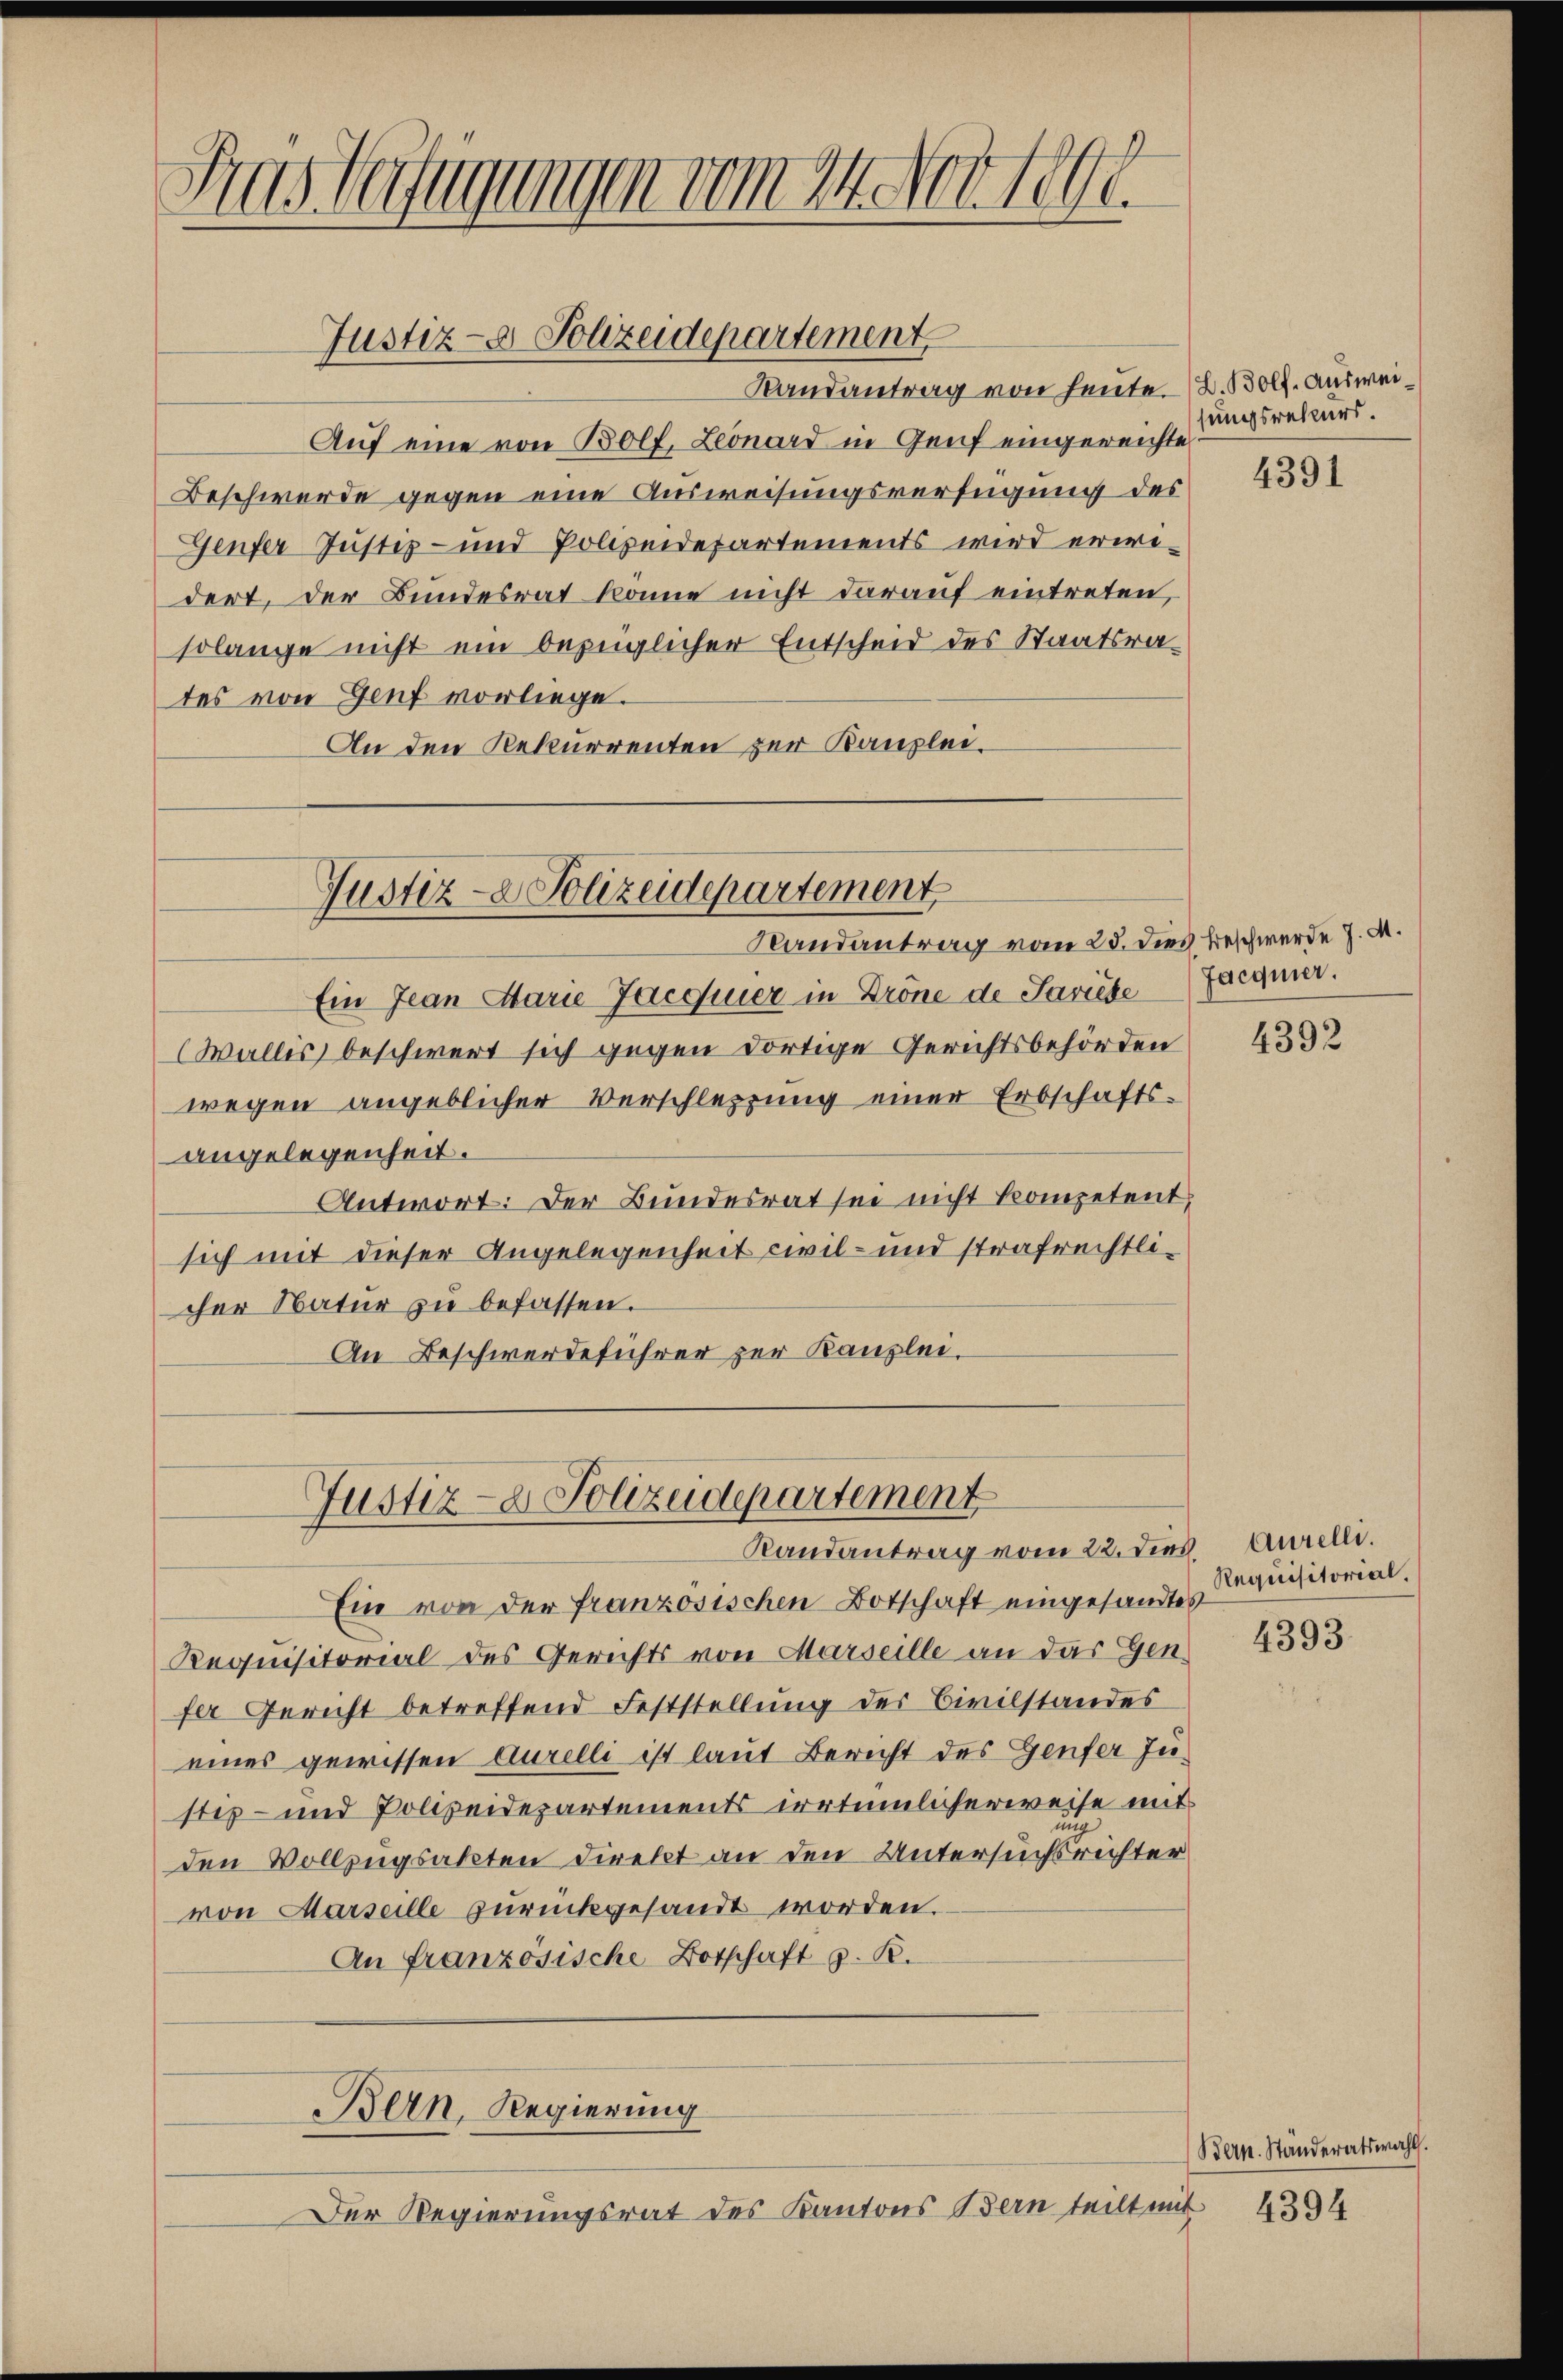
Sias Verfügungen vom 24. Nov 1891

Randantrag von heute. (B.Bolf. auswei¬
Auf eine von Bolf, Leonard in Genf eingereichte
Beschwerde gegen eine Ausweisungsverfügung des
Genfer Justiz- und Polizeidepartements wird erwidert, der Bundesrat könne nicht darauf eintreten,
solange nicht ein bezüglicher Entscheid des Staatsrates von Genf vorliege.
An den Rekurrenten zur Kanzlei¬

Justiz- & Polizeidepartement

Justiz- & Polizeidepartement

Randantrag vom 25. dies Beschwerde J. A.
Ein Jean Marie Jacquier in Krone de Saviebe
(Walles beschwert sich gegen dortige Gerichtsbehörden
wegen angeblicher Verschlesung einer Erbschafts-
angelegenheit.
Antwort: Der Bundesrat sei nicht kompetent,
sich mit dieser Angelegenheit civil- und strafrechtlicher Natŭr zŭ befassen.
An Beschwerdeführer zur Kanzlei.

Ein von der französischen Botschaft eingesandtes
Requisitorial des Gerichts von Marseille an das Gen
fer Gericht betreffend Feststellung der Civilstandes
eines gewissen Aurelli ist laut Bericht des Genfer Justiz- und Polizeidepartements irrtümlicherweise mit
g
den Vollzugsakten Direkt an den Untersuchsrichter
von Marseille zurückgesandt worden.
An französische Botschaft z. B.
Bern, Regierung

Justiz- & Polizeidepartement
Randantrag vom 22. dies Aurelli.

Der Regierungsrat des Kantons Bern teilt mit 4394

sungsrateurs.

4391

Jacquier.

4392

Requisitorial.

4393.

Bern. Ständeratswahl